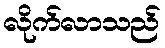
လိုက်လာသည်